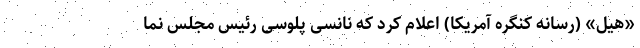
«هیل» (رسانه کنگره آمریکا) اعلام کرد که نانسی پلوسی رئیس مجلس نما